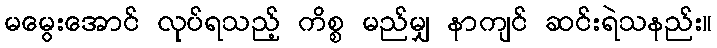
မမွေးအောင် လုပ်ရသည့် ကိစ္စ မည်မျှ နာကျင် ဆင်းရဲသနည်း။